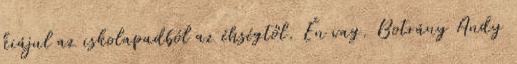
kiájul az iskolapadból az éhségtől. Én vag. Botrány Andy